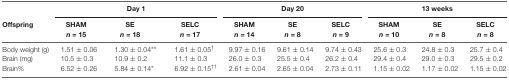
<table><thead><tr><td></td><td colspan="3"><b>Day 1</b></td><td colspan="3"><b>Day 20</b></td><td colspan="3"><b>13 weeks</b></td></tr><tr><td><b>Offspring</b></td><td><b>SHAM <i>n</i> = 15</b></td><td><b>SE <i>n</i> = 18</b></td><td><b>SELC <i>n</i> = 17</b></td><td><b>SHAM <i>n</i> = 14</b></td><td><b>SE <i>n</i> = 8</b></td><td><b>SELC <i>n</i> = 9</b></td><td><b>SHAM <i>n</i> = 10</b></td><td><b>SE <i>n</i> = 8</b></td><td><b>SELC <i>n</i> = 8</b></td></tr></thead><tbody><tr><td>Body weight (g)</td><td>1.51 ± 0.06</td><td>1.30 ± 0.04**</td><td>1.61 ± 0.05<sup>†</sup></td><td>9.97 ± 0.16</td><td>9.61 ± 0.14</td><td>9.74 ± 0.43</td><td>25.6 ± 0.3</td><td>24.8 ± 0.3</td><td>25.7 ± 0.4</td></tr><tr><td>Brain (mg)</td><td>10.5 ± 0.3</td><td>10.9 ± 0.2</td><td>11.1 ± 0.3</td><td>26.0 ± 0.3</td><td>25.5 ± 0.4</td><td>26.2 ± 0.4</td><td>29.4 ± 0.4</td><td>29.0 ± 0.3</td><td>29.5 ± 0.2</td></tr><tr><td>Brain%</td><td>6.52 ± 0.26</td><td>5.84 ± 0.14*</td><td>6.92 ± 0.15<sup>††</sup></td><td>2.61 ± 0.04</td><td>2.65 ± 0.04</td><td>2.73 ± 0.11</td><td>1.15 ± 0.02</td><td>1.17 ± 0.02</td><td>1.15 ± 0.02</td></tr></tbody></table>